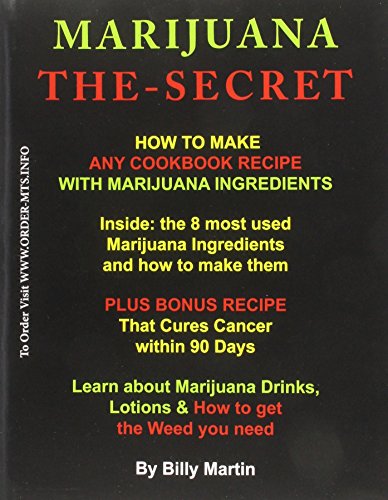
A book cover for Marijuana The-Secret; Billy Martin; Cookbooks, Food & Wine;